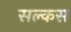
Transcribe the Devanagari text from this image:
सल्कस